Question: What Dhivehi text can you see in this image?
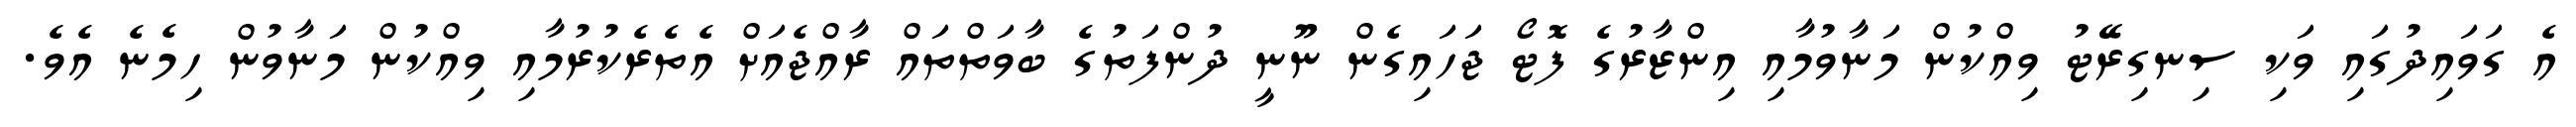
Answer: އެ ގަވައިދުގައި ވަކި ސިނގިރޭޓު ވިއްކުން މަނާވުމާއި އިންޒާރުގެ ފޮޓޯ ޖަހައިގެން ނޫނީ ދުންފަތުގެ ބާވަތްތައް ރާއްޖެއަށް އެތެރެކުރުމާއި ވިއްކުން މަނާވުން ހިމެނެ އެވެ.